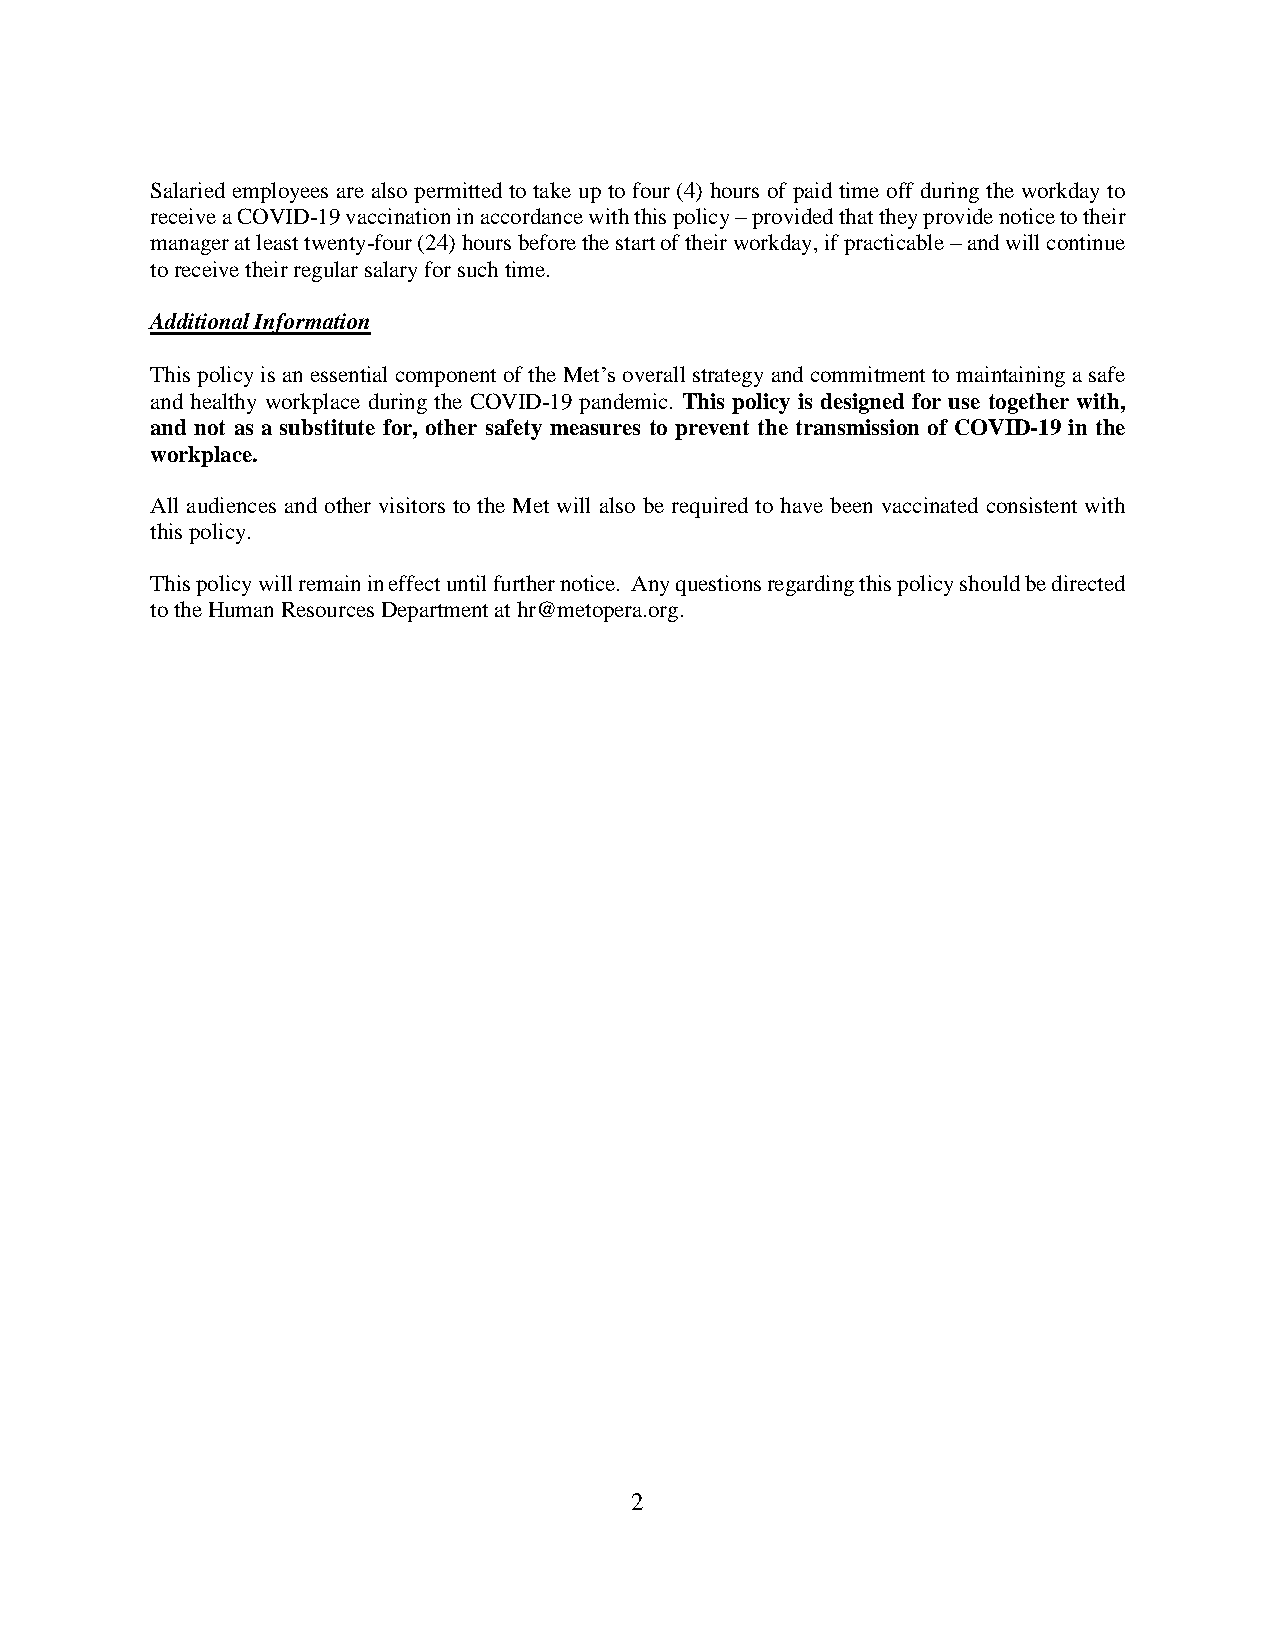
Salaried employees are also permitted to take up to four (4) hours of paid time off during the workday to
 receive a COVID-19 vaccination in accordance with this policy – provided that they provide notice to their
 manager at least twenty-four (24) hours before the start of their workday, if practicable – and will continue
 to receive their regular salary for such time.
 Additional Information
 This policy is an essential component of the Met’s overall strategy and commitment to maintaining a safe
 and healthy workplace during the COVID-19 pandemic. This policy is designed for use together with,
 and not as a substitute for, other safety measures to prevent the transmission of COVID-19 in the
 workplace.
 All audiences and other visitors to the Met will also be required to have been vaccinated consistent with
 this policy.
 This policy will remain in effect until further notice. Any questions regarding this policy should be directed
 to the Human Resources Department at hr@metopera.org.
 2